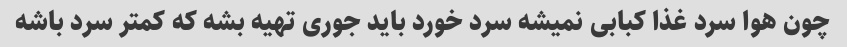
چون هوا سرد غذا کبابی نمیشه سرد خورد باید جوری تهیه بشه که کمتر سرد باشه